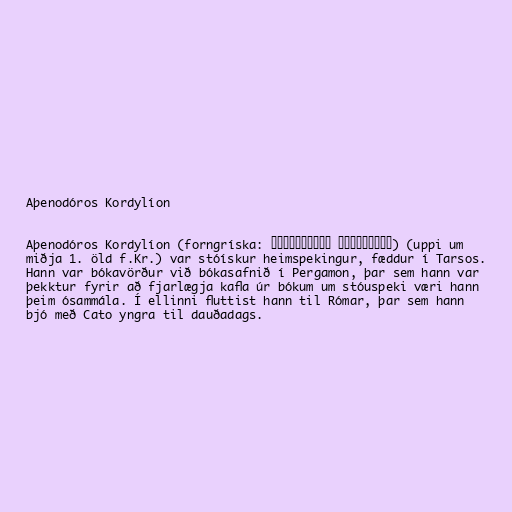
Aþenodóros Kordylíon

Aþenodóros Kordylíon (forngríska: Ἀθηνόδωρος Κορδυλίων) (uppi um
miðja 1. öld f.Kr.) var stóískur heimspekingur, fæddur í Tarsos.
Hann var bókavörður við bókasafnið í Pergamon, þar sem hann var
þekktur fyrir að fjarlægja kafla úr bókum um stóuspeki væri hann
þeim ósammála. Í ellinni fluttist hann til Rómar, þar sem hann
bjó með Cato yngra til dauðadags.